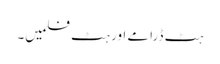
ہٹ ڈرامے اور ہٹ فلمیں۔